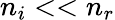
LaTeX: n_{i}<<n_{r}